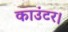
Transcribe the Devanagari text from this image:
काउंटर।